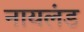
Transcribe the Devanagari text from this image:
नायलंड